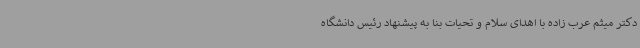
دکتر میثم عرب زاده با اهدای سلام و تحیات بنا به پیشنهاد رئیس دانشگاه